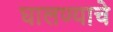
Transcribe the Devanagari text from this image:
घालण्‍याचे